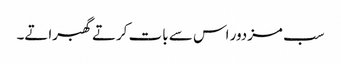
سب مزدور اس سے بات کرتے گھبراتے۔